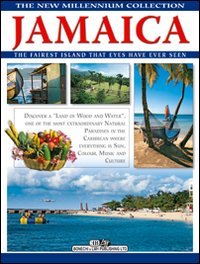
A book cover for Jamaica (New Millennium Collection: The Americas); Travel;